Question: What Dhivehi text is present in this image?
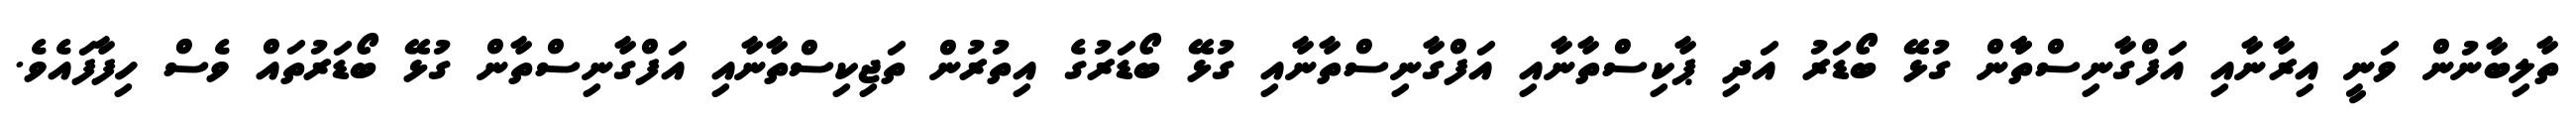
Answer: ތާލިބާނުން ވަނީ އިރާނާއި އަފްގާނިސްތާާން ގުޅޭ ބޯޑަރު އަދި ޕާކިސްތާނާއި އަފްގާނިސްތާނާއި ގުޅޭ ބޯޑަރުގެ އިތުރުން ތަޖިކިސްތާނާއި އަފްގާނިސްތާން ގުޅޭ ބޯޑަރުތައް ވެސް ހިފާފައެވެ.